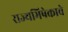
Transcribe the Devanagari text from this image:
राज्यभिषेकाचे